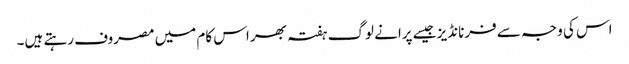
اس کی وجہ سے فرنانڈیز جیسے پرانے لوگ ہفتہ بھر اس کام میں مصروف رہتے ہیں۔